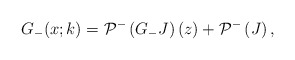
\begin{align*}G_-(x;k) = \mathcal{P}^{-}\left(G_{-} J \right)(z) + \mathcal{P}^{-}\left( J \right), \end{align*}